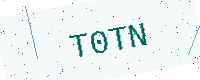
Text: T0TN